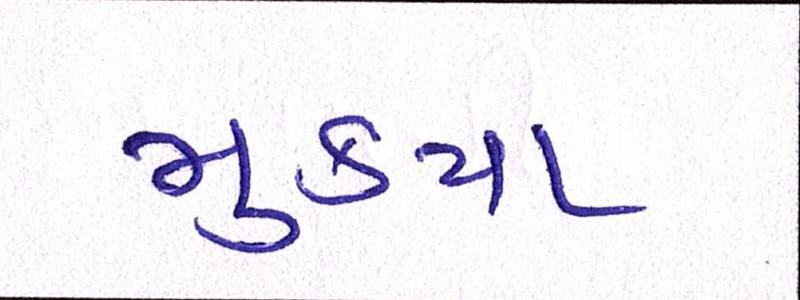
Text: મુકયા